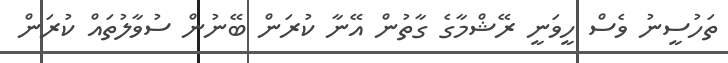
ތަހުސީނު ވެސް ހީވަނީ ރޭޝްމާގެ ގާތުން އޭނާ ކުރަން ބޭނުން ސުވާލުތައް ކުރަން